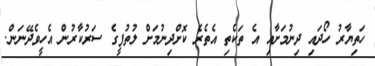
ހަތިޔާރު ހޯދައި ދިނުމަށާއި އެ ތަކެތި އެތެރެ ކޮށްދިނުމަށް ލުތުފީގެ ސަރުކާރުން އެހީވެދޭނަން.